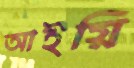
আইয়ি